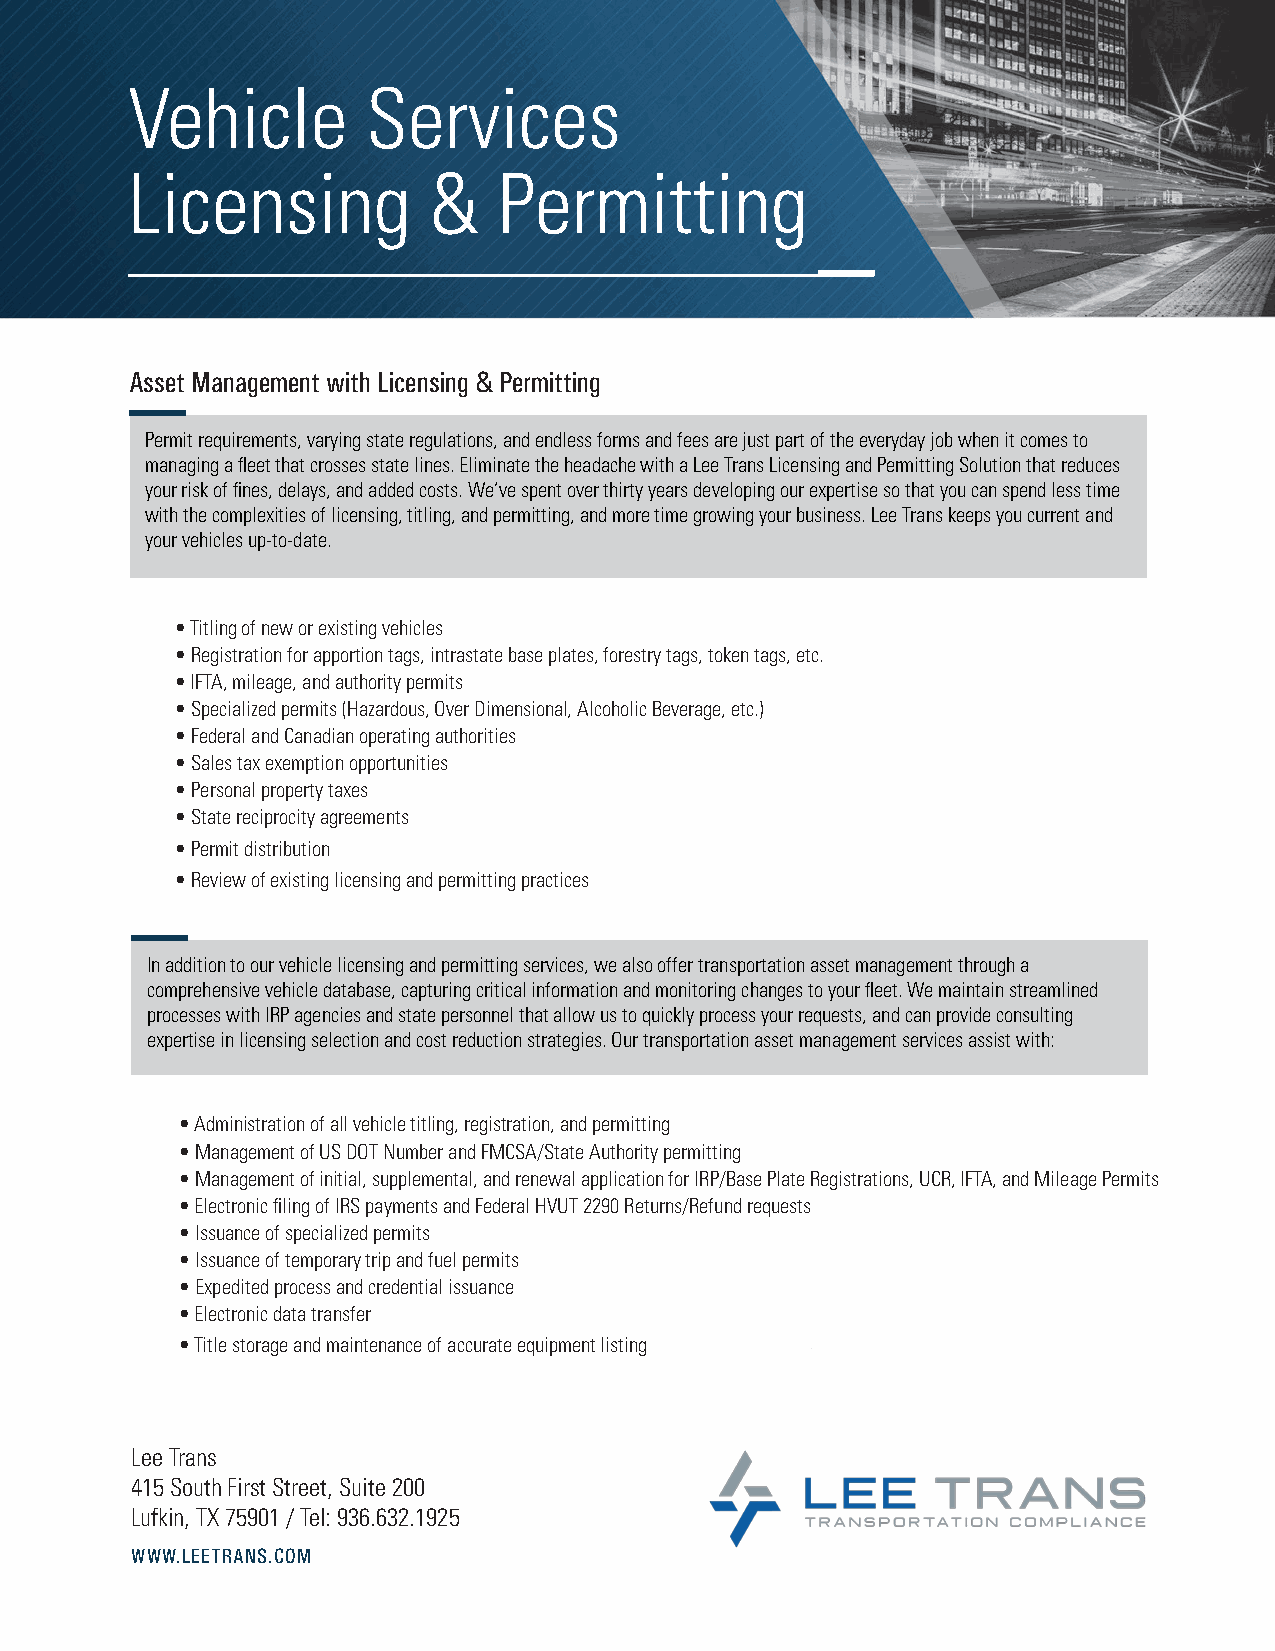
Vehicle        Services
 Licensing          &    Permitting
 Asset Management with Licensing & Permitting
 Permit requirements, varying state regulations, and endless forms and fees are just part of the everyday job when it comes to
 managing a fleet that crosses state lines. Eliminate the headache with a Lee Trans Licensing and Permitting Solution that reduces
 your risk of fines, delays, and added costs. We’ve spent over thirty years developing our expertise so that you can spend less time
 with the complexities of licensing, titling, and permitting, and more time growing your business. Lee Trans keeps you current and
 your vehicles up-to-date.
 • Titling of new or existing vehicles
 • Registration for apportion tags, intrastate base plates, forestry tags, token tags, etc.
 • IFTA, mileage, and authority permits
 • Specialized permits (Hazardous, Over Dimensional, Alcoholic Beverage, etc.)
 • Federal and Canadian operating authorities
 • Sales tax exemption opportunities
 • Personal property taxes
 • State reciprocity agreements
 • Permit distribution
 • Review of existing licensing and permitting practices
 In addition to our vehicle licensing and permitting services, we also offer transportation asset management through a
 comprehensive vehicle database, capturing critical information and monitoring changes to your fleet. We maintain streamlined
 processes with IRP agencies and state personnel that allow us to quickly process your requests, and can provide consulting
 expertise in licensing selection and cost reduction strategies. Our transportation asset management services assist with:
 • Administration of all vehicle titling, registration, and permitting
 • Management of US DOT Number and FMCSA/State Authority permitting
 • Management of initial, supplemental, and renewal application for IRP/Base Plate Registrations, UCR, IFTA, and Mileage Permits
 • Electronic filing of IRS payments and Federal HVUT 2290 Returns/Refund requests
 • Issuance of specialized permits
 • Issuance of temporary trip and fuel permits
 • Expedited process and credential issuance
 • Electronic data transfer
 • Title storage and maintenance of accurate equipment listing
 Lee Trans
 415 South First Street, Suite 200
 Lufkin, TX 75901 / Tel: 936.632.1925
 WWW.LEETRANS.COM